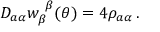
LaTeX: D _ { a \alpha } w _ { \beta } ^ { ~ \beta } ( \theta ) = 4 \rho _ { a \alpha } \, .